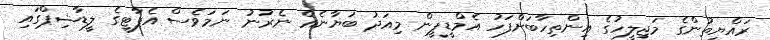
ރައްޔިތުންގެ މަޖިލީހުގެ އިންތިހާބަށްފަހު އެމްޑީޕީން މިއަދު ބަޔާނެއް ނެރުނު ނަމަވެސް އެޕާޓީގެ ލީޑާޝިޕްގައި